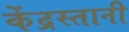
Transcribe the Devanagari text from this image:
केंद्रस्तानी